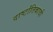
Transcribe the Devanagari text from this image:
दार्ष्टांतिकाची